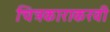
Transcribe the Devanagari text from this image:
चित्रकाराकरवी